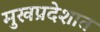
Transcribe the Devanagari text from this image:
मुखप्रदेशात